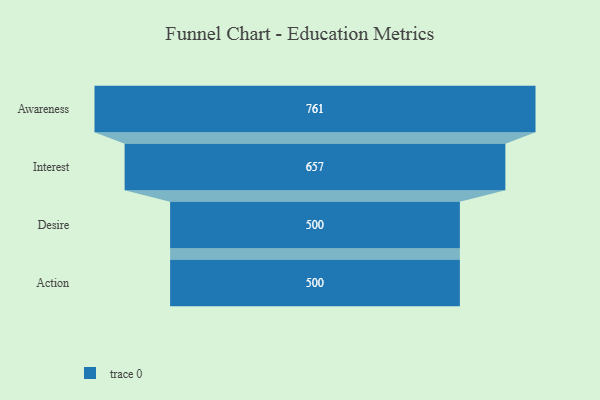
{"axis": {"x": "Stage", "y": "Value"}, "legend": [""], "data": [{"x": "Awareness", "y": 761.0, "type": ""}, {"x": "Interest", "y": 657.0, "type": ""}, {"x": "Desire", "y": 500, "type": ""}, {"x": "Action", "y": 500, "type": ""}]}